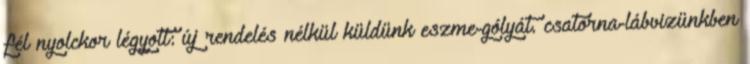
fél nyolckor légyott: új rendelés nélkül küldünk eszme-gólyát. csatorna-lábvizünkben